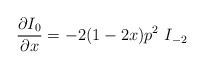
LaTeX: \begin{align*}\frac{\partial I_0}{\partial x} = -2(1-2x) p^2 \ I_{-2}\end{align*}